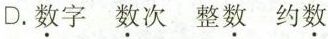
D. 数字 数次 整数 约数